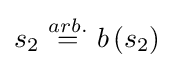
s_{2}~{\overset {arb.}{=}}~b\left(s_{2}\right)